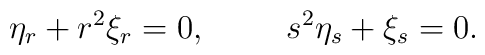
\eta_r + r^2 \xi_r = 0, \hspace{1cm}            s^2 \eta_s +     \xi_s = 0.